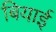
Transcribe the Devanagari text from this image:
बियाई